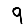
Digit: 9